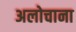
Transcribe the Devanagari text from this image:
अलोचाना